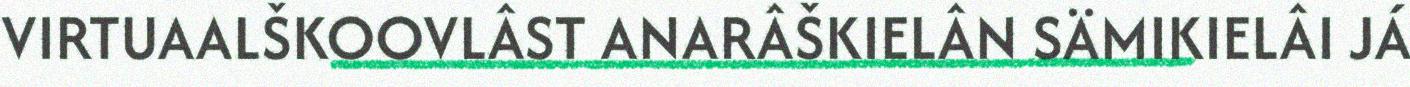
VIRTUAALŠKOOVLÂST ANARÂŠKIELÂN SÄMIKIELÂI JÁ